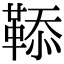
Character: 𩋅